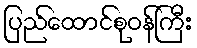
ပြည်ထောင်စုဝန်ကြီး